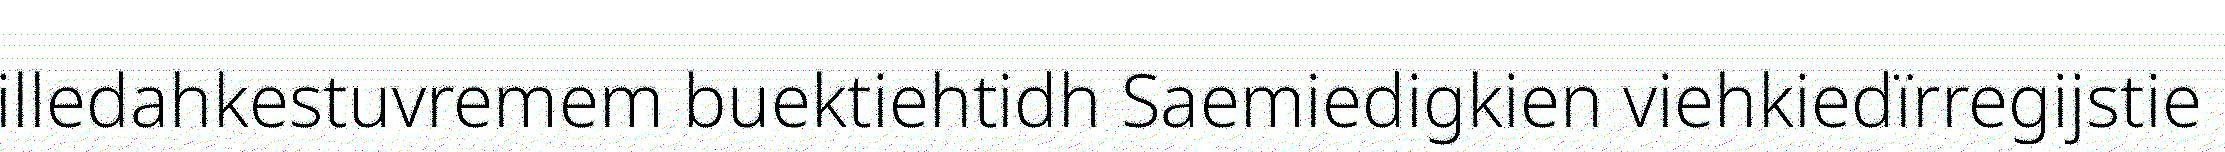
illedahkestuvremem buektiehtidh Saemiedigkien viehkiedïrregijstie